Indian Civil Veterinary Department memoirs
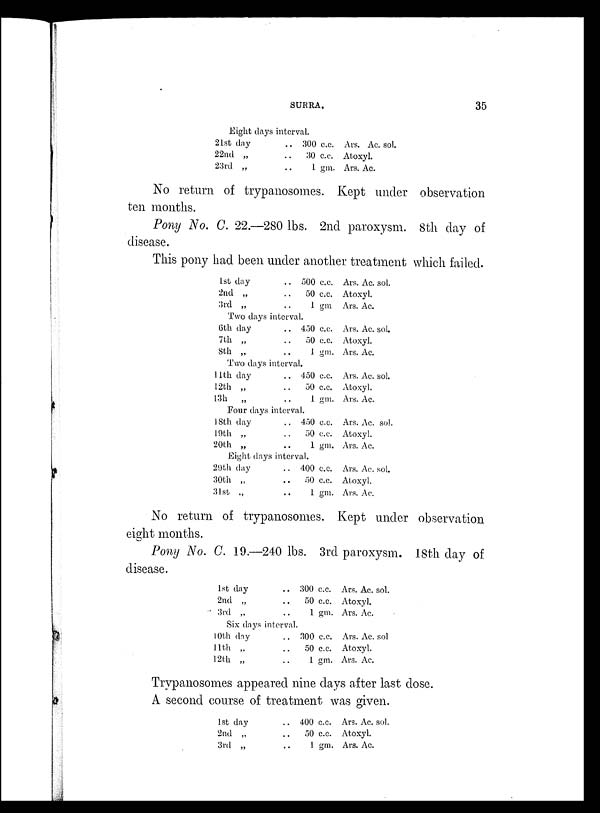
SURRA.
35
Eight days interval.
21st day
22nd „
23rd „
. . 300 c.c.
. . 30 c.c.
. . 1 gm.
Ars. Ac. sol.
Atoxyl.
Ars. Ac.
No return of trypanosomes. Kept under observation
ten months.
Pony No. C. 22.—280 lbs. 2nd paroxysm. 8th day of
disease.
This pony had been under another treatment which failed.
1st day
2nd „
3rd „
Two days
6th day
7th „
8th „
. .
. .
. .
interval.
. .
. .
. .
500 c.c.
50 c.c.
1 gm
450 c.c.
50 c.c.
1 gm.
Two days interval.
11th day
12th „
13th „
. .
. .
. .
450 c.c.
50 c.c.
1 gm.
Four days interval.
18th day
19th „
20th „
. .
. .
. .
450 c.c.
50 c.c.
1 gm.
Eight days interval.
29th day
30th „
31st „
. .
. .
. .
400 c.c.
50 c.c.
1 gm.
Ars. Ac. sol.
Atoxyl.
Ars. Ac.
Ars. Ac. sol.
Atoxyl.
Ars. Ac.
Ars. Ac. sol.
Atoxyl.
Ars. Ac.
Ars. Ac. sol.
Atoxyl.
Ars. Ac.
Ars. Ac. sol.
Atoxyl.
Ars. Ac.
No return of trypanosomes. Kept under observation
eight months.
Pony No. C. 19.—240 lbs. 3rd paroxysm. 18th day of
disease.
1st day
2nd „
3rd „
. . 300 c.c.
. . 50 c.c.
. . 1 gm.
Six days interval.
10th day
11th „
12th „
. . 300 c.c.
. . 50 c.c.
. . 1 gm.
Ars. Ac. sol.
Atoxyl.
Ars. Ac.
Ars. Ac. sol
Atoxyl.
Ars. Ac.
Trypanosomes appeared nine days after last dose.
A second course of treatment was given.
1st day
2nd „
3rd „
. . 400 c.c.
. . 50 c.c.
. . 1 gm.
Ars. Ac. so
Atoxyl.
Ars. Ac.